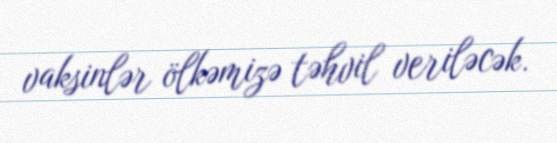
vaksinlər ölkəmizə təhvil veriləcək.